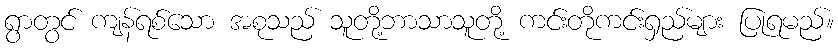
ရွာတွင် ကျန်ရစ်သော အစုသည် သူတို့ဘာသာသူတို့ ကင်းတိုကင်းရှည်များ ပြုရမည်။